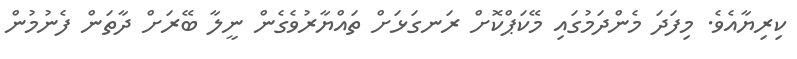
ކިރިޔާއެވެ. މިފަދަ މެންދަމުގައި މޭކަޕްކޮށް ރަނގަޅަށް ތައްޔާރުވެގެން ނީލާ ބޭރަށް ދާތަން ފެނުމުން